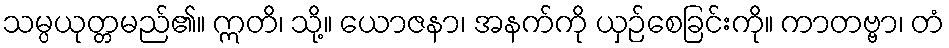
သမ္ပယုတ္တမည်၏။ ဣတိ၊ သို့။ ယောဇနာ၊ အနက်ကို ယှဉ်စေခြင်းကို။ ကာတဗ္ဗာ၊ တံ